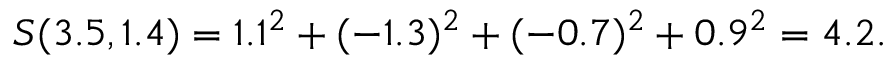
S ( 3 . 5 , 1 . 4 ) = 1 . 1 ^ { 2 } + ( - 1 . 3 ) ^ { 2 } + ( - 0 . 7 ) ^ { 2 } + 0 . 9 ^ { 2 } = 4 . 2 .